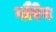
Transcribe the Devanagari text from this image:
गौरेव